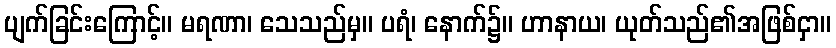
ပျက်ခြင်းကြောင့်။ မရဏာ၊ သေသည်မှ။ ပရံ၊ နောက်၌။ ဟာနာယ၊ ယုတ်သည်၏အဖြစ်ငှာ။